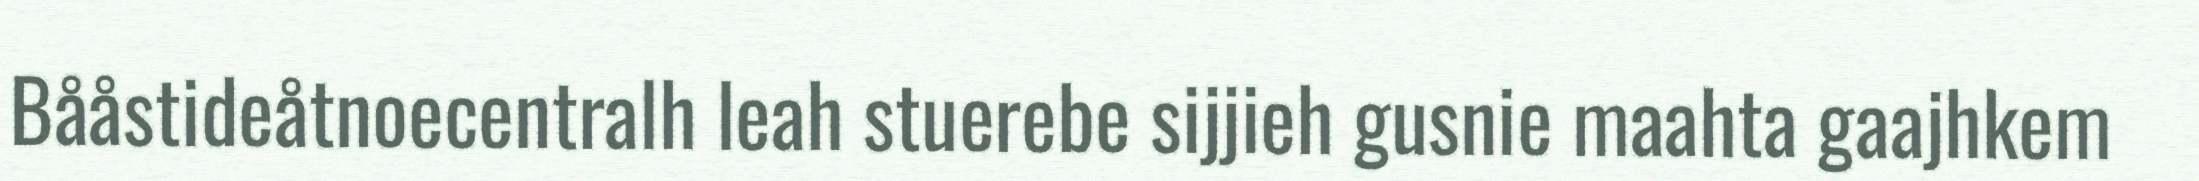
Bååstideåtnoecentralh leah stuerebe sijjieh gusnie maahta gaajhkem